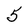
Character: 5